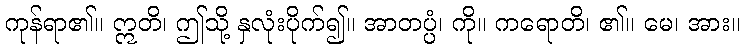
ကုန်ရာ၏။ ဣတိ၊ ဤသို့ နှလုံးပိုက်၍။ အာတပ္ပံ၊ ကို။ ကရောတိ၊ ၏။ မေ၊ အား။